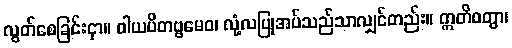
လွတ်စေခြင်းငှာ။ ဝါယပိတဗ္ဗမေဝ၊ လုံ့လပြုအပ်သည်သာလျှင်တည်း။ ဣတိဝတွာ၊